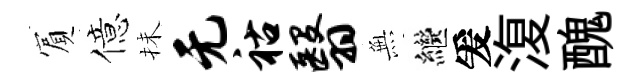
賔億抺无祜翳𭴾繼爰𣸪醜